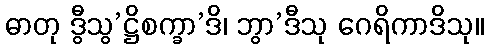
ဓာတု ဒွီသွ’ဋ္ဌိစက္ခာ’ဒိ၊ ဘွာ’ဒီသု ဂေရိကာဒိသု။